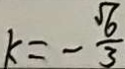
k = - \frac { \sqrt { 6 } } { 3 }